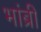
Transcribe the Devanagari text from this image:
भांब्री